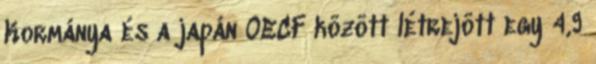
Kormánya és a japán OECF között létrejött egy 4,9